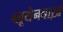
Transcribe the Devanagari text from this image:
ब्लूयेनबाख़